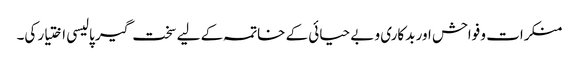
منکرات و فواحش اور بدکاری و بے حیائی کے خاتمہ کے لیے سخت گیر پالیسی اختیار کی۔